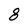
Character: 8